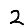
Digit: 2